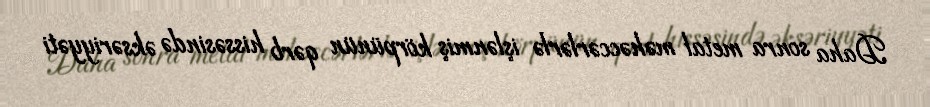
Daha sonra metal məhəccərlərlə işlənmiş körpünün qərb hissəsində əksəriyyəti